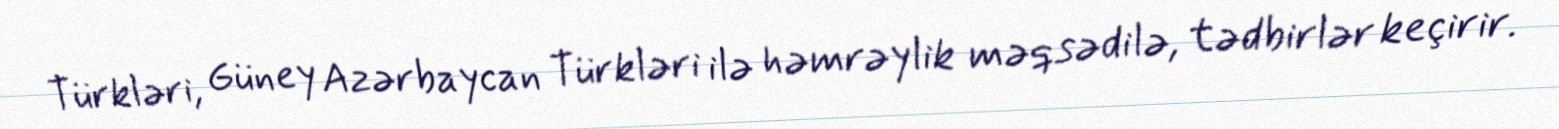
Türkləri, Güney Azərbaycan Türkləri ilə həmrəylik məqsədilə, tədbirlər keçirir.